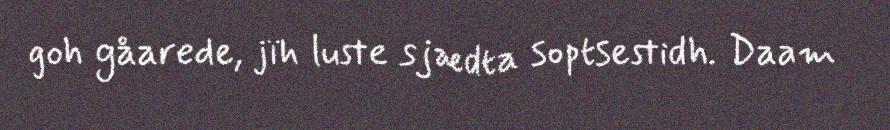
goh gåarede, jïh luste sjædta soptsestidh. Daam